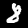
Label: 8